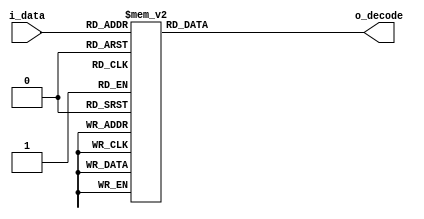
//*******************************FILE HEAD**************************************
//*********************Verilog HDL *********************
// FUNCTION        : 410
// AUTHOR          : 
// DATE & REVISION : 
// COMPANY         : Verilog HDL 
// UPDATE          :
//******************************************************************************
`timescale 1ns/1ns

module decoder4to10
    (
        input [3: 0]i_data, //10        
        
        output [9 : 0] o_decode //4
    );
    
    //o_code
    reg [9 :0] r_decode;
    
    assign o_decode = r_decode; //assign
    
       
   
    always @(*) //always
    begin
   	    case(i_data)
   	        4'b0001: r_decode = 10'b0000000001; //
   	        4'b0010: r_decode = 10'b0000000010;
   	        4'b0011: r_decode = 10'b0000000100;
   	        4'b0100: r_decode = 10'b0000001000;
   	        4'b0101: r_decode = 10'b0000010000;
   	        4'b0110: r_decode = 10'b0000100000;
   	        4'b0111: r_decode = 10'b0001000000;
   	        4'b1000: r_decode = 10'b0010000000;
   	        4'b1001: r_decode = 10'b0100000000;
   	        4'b1010: r_decode = 10'b1000000000;
   	        default: r_decode = 10'b0000000000; //
   	    endcase
	end
    
endmodule

// END OF decoder4to10.v FILE ***************************************************